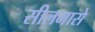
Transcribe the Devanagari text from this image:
सीलमासे